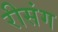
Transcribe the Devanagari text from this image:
रीसंग